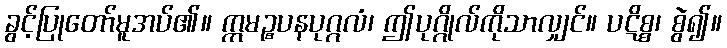
ခွင့်ပြုတော်မူအပ်၏။ ဣမဉ္စပနပုဂ္ဂလံ၊ ဤပုဂ္ဂိုလ်ကိုသာလျှင်။ ပဋိစ္စ၊ စွဲ၍။